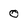
Character: 0